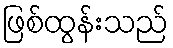
ဖြစ်ထွန်းသည်